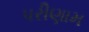
પરીણામ